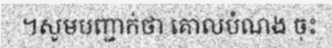
។សូមបញ្ជាក់ថា គោលបំណង ចុះ